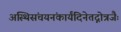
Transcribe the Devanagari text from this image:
अस्थिसंचयनंकार्यंदिनेतद्गोत्रजैः